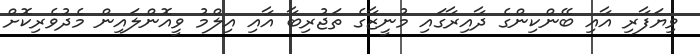
ވިޔަފާރި އާއި ބޭންކިންގެ ދާއިރާގައި މުނީޒާގެ ތަޖުރިބާ އާއި އިލްމު ވީއޮންލައިން މެދުވެރިކޮށް